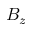
B _ { z }